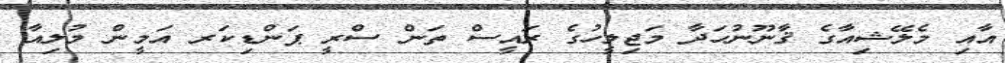
އާއި މެލޭޝިއާގެ ޤާނޫނުހަދާ މަޖިލީހުގެ ރައީސް ތަން ސްރީ ޕަންޑިކަރ އަމީން މުލިއާ